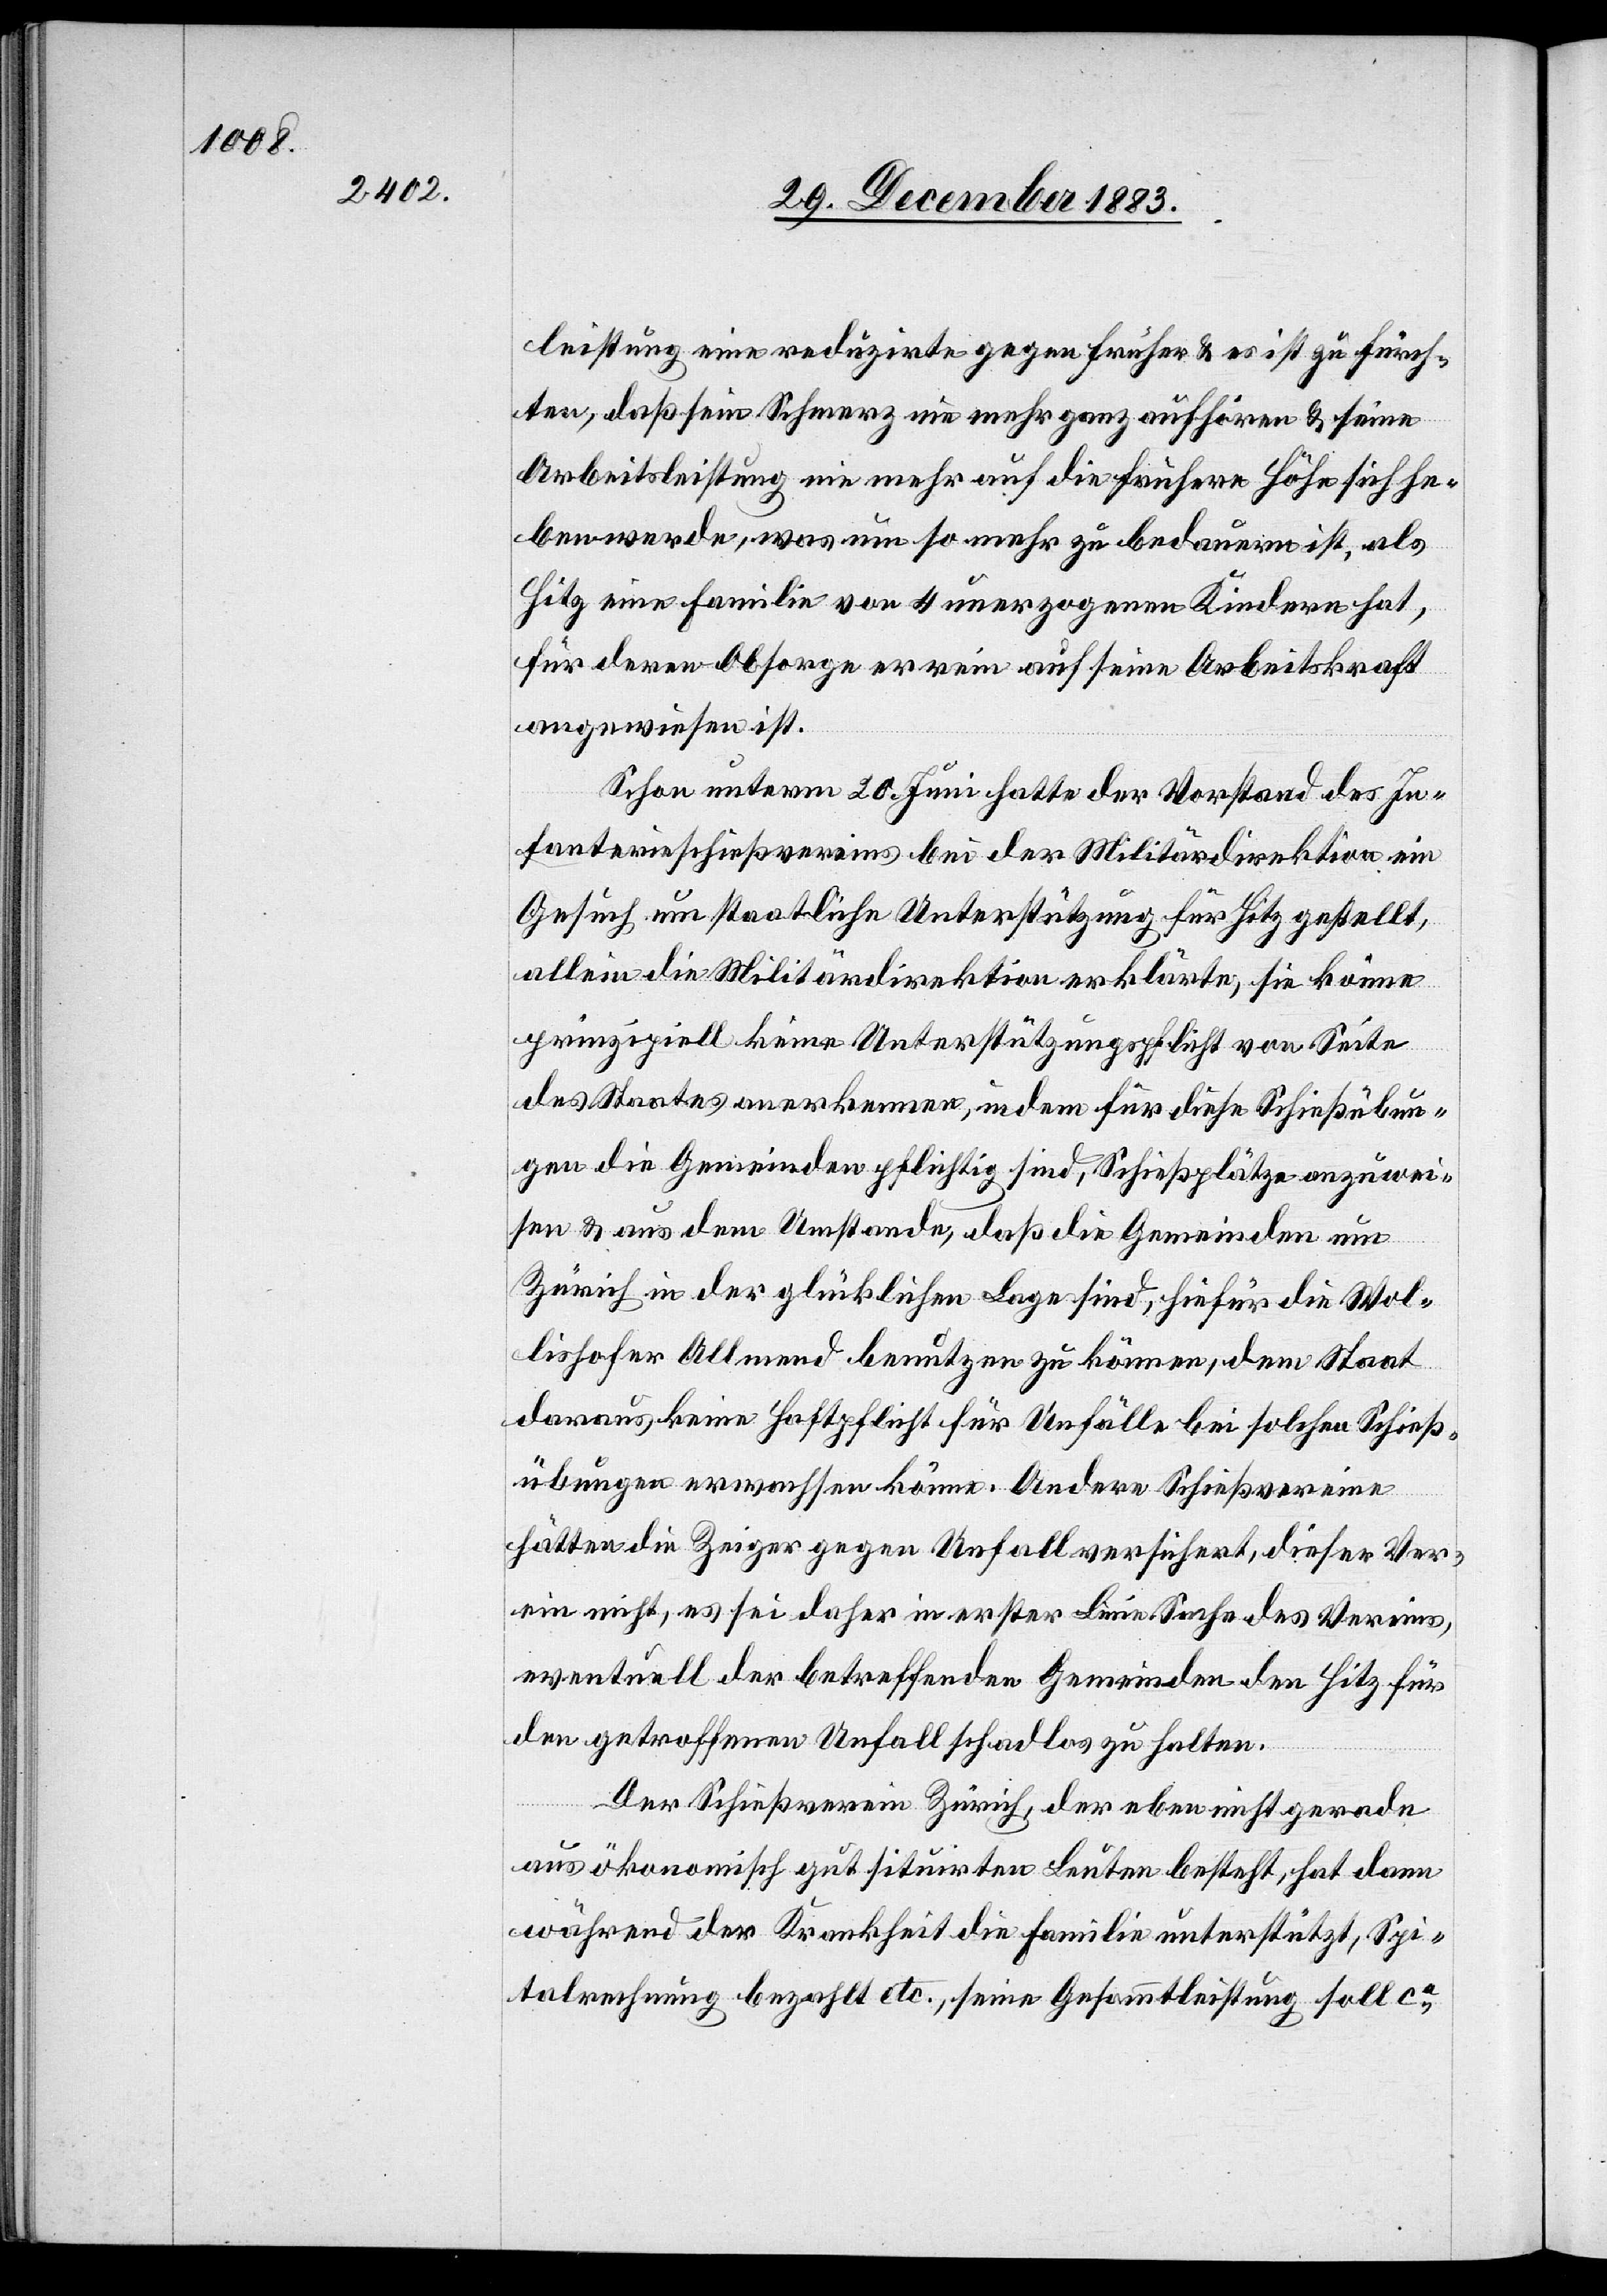
leistung eine reduzirte gegen früher & es ist zu fürch¬
ten, daß sein Schmerz nie mehr ganz aufhören & seine
Arbeitsleistung nie mehr auf die frühere Höhe sich he¬
ben werde, was um so mehr zu bedauern ist, als
Hitz eine Familie von 4 unerzogenen Kindern hat,
für deren Obsorge er rein auf seine Arbeitskraft
angewiesen ist.
Schon unterm 20. Juni hatte der Vorstand des In¬
fanterieschießvereins bei der Militärdirektion ein
Gesuch um staatliche Unterstützung für Hitz gestellt,
allein die Militärdirektion erklärte, sie könne
prinzipiell keine Unterstützungspflicht von Seite
des Staates anerkennen, indem für diese Schießübun¬
gen die Gemeinden pflichtig sind, Schießplätze anzuwei¬
sen & aus dem Umstande, daß die Gemeinden um
Zürich in der glücklichen Lage sind, hiefür die Wol¬
lishofer Allmend benutzen zu können, dem Staat
daraus keine Haftpflicht für Unfälle bei solchen Schieß¬
übungen erwachsen könne. Andere Schießvereine
hätten die Zeiger gegen Unfall versichert, dieser Ver¬
ein nicht, es sei daher in erster Linie Sache des Vereins,
eventuell der betreffenden Gemeinden den Hitz für
den getroffenen Unfall schadlos zu halten.
Der Schießverein Zürich, der eben nicht gerade
aus ökonomisch gut situirten Leuten besteht, hat dann
währenden der Krankheit die Familie unterstützt, Spi¬
talrechnung bezahlt etc., seine Gesammtleistung soll ca